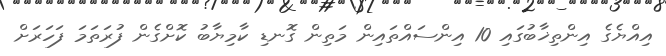
އިއްޔެގެ އިންތިޚާބުގައި 10 އިންސައްތައިން މަތިން ގޮނޑި ކާމިޔާބު ކޮށްގެން ފުރަތަމަ ފަހަރަށް